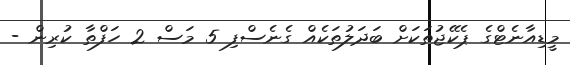
މީޑިއާނެޓްގެ ޕެކޭޖުތަކަށް ބަދަލުތަކެއް ގެނެސްފި 5 މަސް 2 ހަފްތާ ކުރިން -